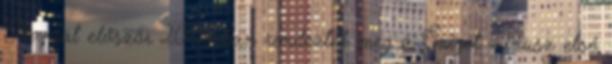
Napját először 2008-ban rendezték meg a Sziget mínusz első